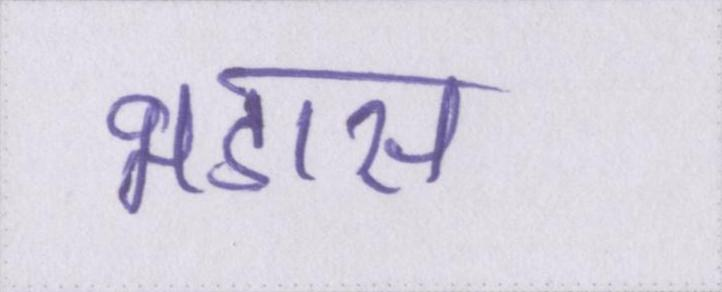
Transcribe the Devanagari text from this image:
भडास